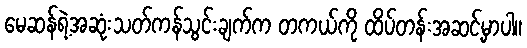
မေဆန်ရဲ့အဆုံးသတ်ကန်သွင်းချက်က တကယ်ကို ထိပ်တန်းအဆင့်မှာပါ။